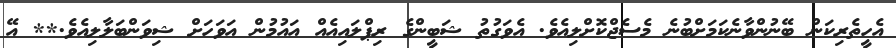
އެހީތެރިކަން ބޭނުންވާނެކަމަށްބުނެ މެސެޖްކޮށްލިއެވެ. އެވަގުތު ޝަބީންގެ ރިޕްލައިއެއް އައުމުން އަވަހަށް ޝިވަންބަލާލިއެވެ.** އޭ